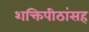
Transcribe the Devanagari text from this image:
शक्तिपीठांसह